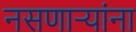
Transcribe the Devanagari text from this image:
नसणाऱ्यांना